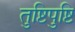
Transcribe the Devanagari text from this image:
तुष्टिपुष्टि